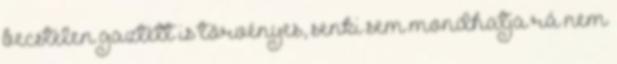
becstelen gaztett is törvényes, senki sem mondhatja rá nem